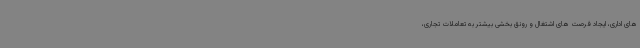
های اداری، ایجاد فرصت های اشتغال و رونق بخشی بیشتر به تعاملات تجاری،